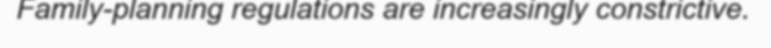
Family-planning regulations are increasingly constrictive.